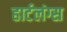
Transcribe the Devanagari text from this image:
हार्टलंग्स